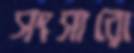
সংসারো